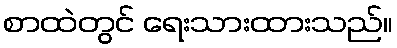
စာထဲတွင် ရေးသားထားသည်။